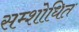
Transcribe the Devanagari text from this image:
सम्शोधित